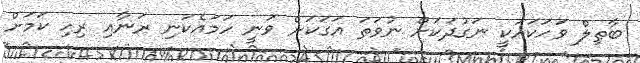
ބާޠިލް ވަހަކައަކީ ނަގުދަކަށް ނުވަތަ އަގަކަށް ވަނީ ހަމައެކަނި ރަނާއި ރިހި ކަމަށް